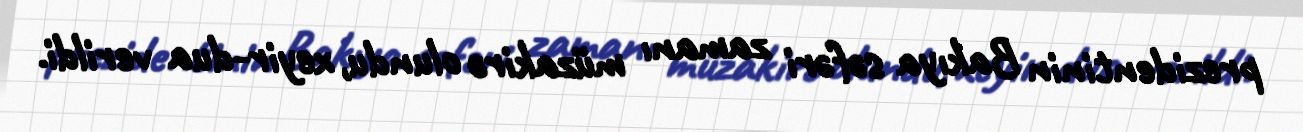
prezidentinin Bakıya səfəri zamanı müzakirə olundu, xeyir-dua verildi.